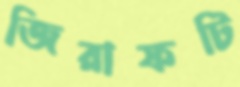
জিরাফটি